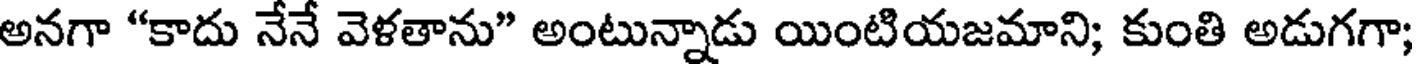
అనగా "కాదు నేనే వెళతాను" అంటున్నాడు యింటియజమాని; కుంతి అడుగగా